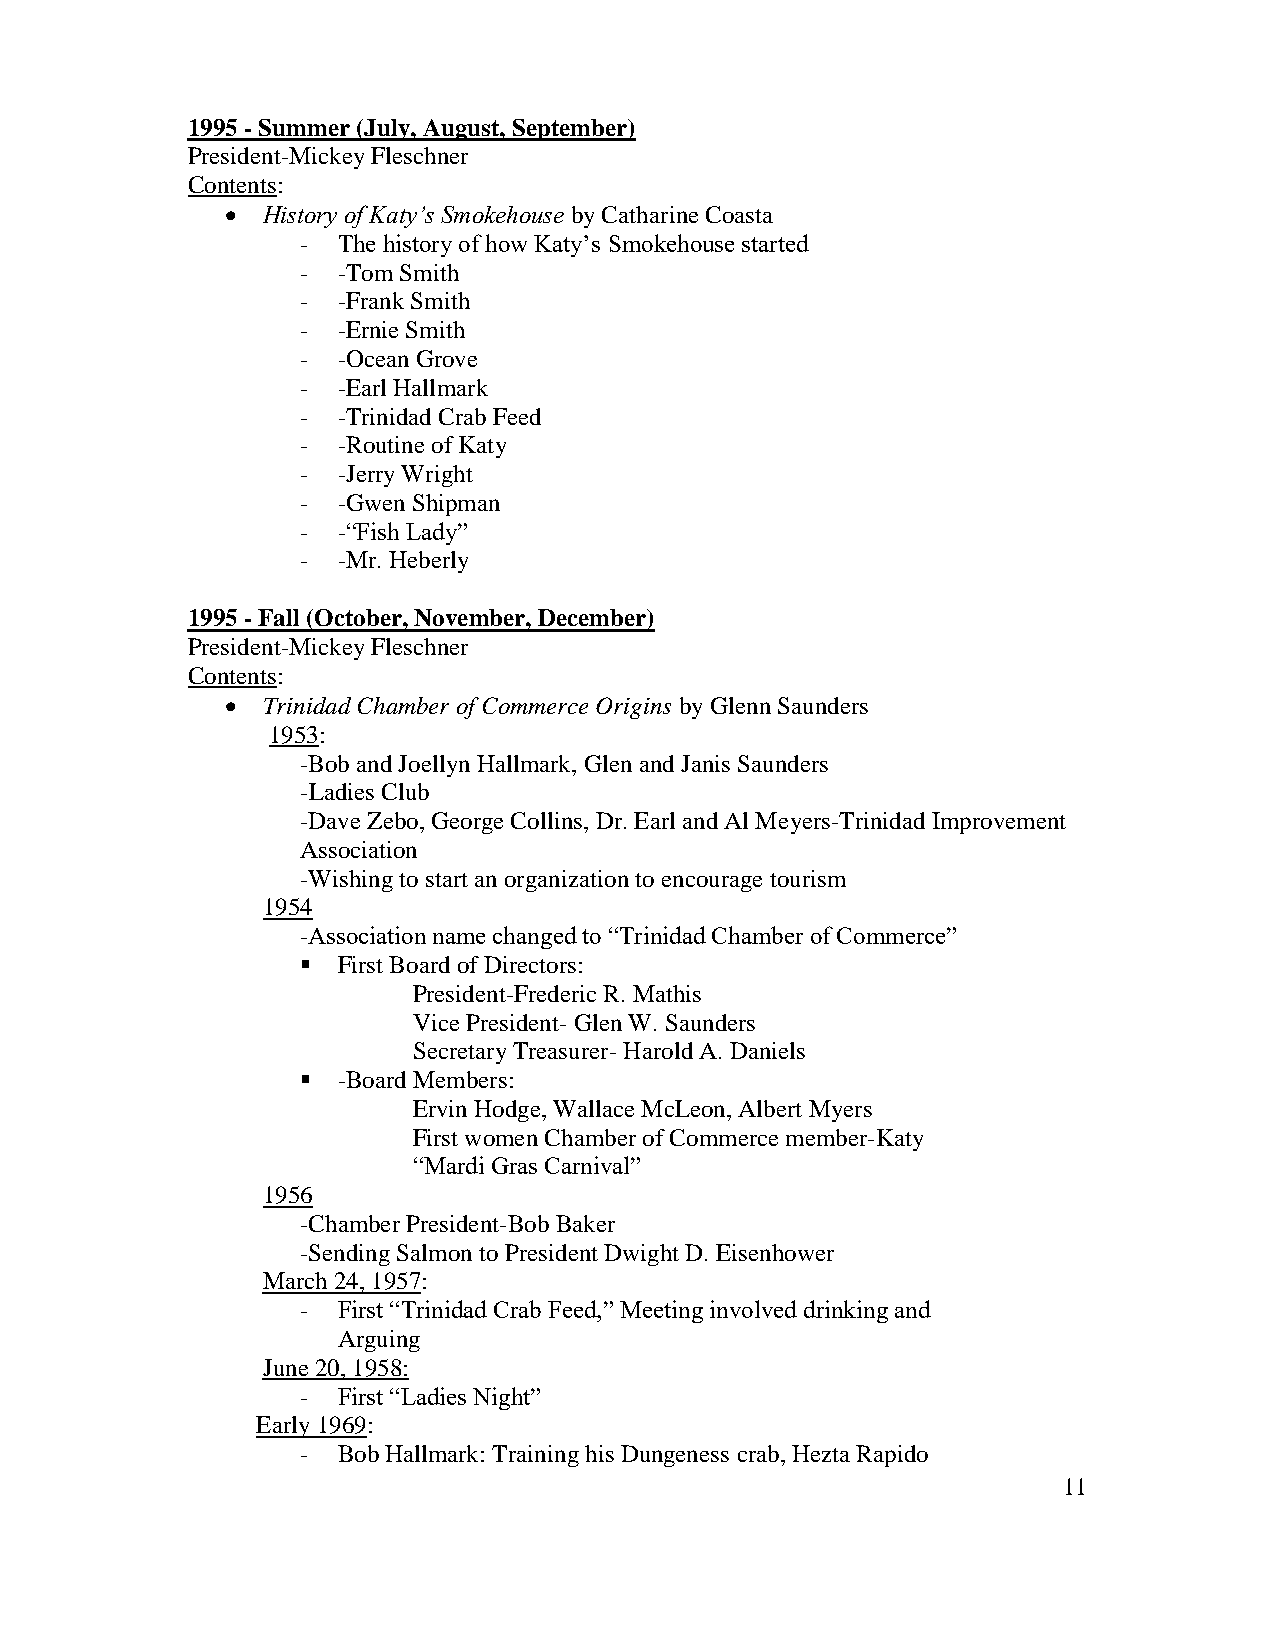
1995 - Summer (July, August, September)
 President-Mickey Fleschner
 Contents:
  History of Katy’s Smokehouse by Catharine Coasta
 - The history of how Katy’s Smokehouse started
 - -Tom Smith
 - -Frank Smith
 - -Ernie Smith
 - -Ocean Grove
 - -Earl Hallmark
 - -Trinidad Crab Feed
 - -Routine of Katy
 - -Jerry Wright
 - -Gwen Shipman
 - -“Fish Lady”
 - -Mr. Heberly
 1995 - Fall (October, November, December)
 President-Mickey Fleschner
 Contents:
  Trinidad Chamber of Commerce Origins by Glenn Saunders
 1953:
 -Bob and Joellyn Hallmark, Glen and Janis Saunders
 -Ladies Club
 -Dave Zebo, George Collins, Dr. Earl and Al Meyers-Trinidad Improvement
 Association
 -Wishing to start an organization to encourage tourism
 1954
 -Association name changed to “Trinidad Chamber of Commerce”
  First Board of Directors:
 President-Frederic R. Mathis
 Vice President- Glen W. Saunders
 Secretary Treasurer- Harold A. Daniels
  -Board Members:
 Ervin Hodge, Wallace McLeon, Albert Myers
 First women Chamber of Commerce member-Katy
 “Mardi Gras Carnival”
 1956
 -Chamber President-Bob Baker
 -Sending Salmon to President Dwight D. Eisenhower
 March 24, 1957:
 - First “Trinidad Crab Feed,” Meeting involved drinking and
 Arguing
 June 20, 1958:
 - First “Ladies Night”
 Early 1969:
 - Bob Hallmark: Training his Dungeness crab, Hezta Rapido
 11